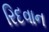
રિદવાન